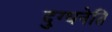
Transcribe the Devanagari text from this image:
दुग्धनेति